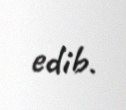
edib.